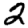
Digit: 2